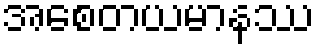
အစေတယမာနဿ